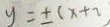
y = \pm ( x + 2 )